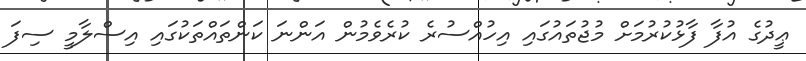
ޢީދުގެ އުފާ ފާޅުކުރުމަށް މުޖުތައުގައި އިހުއްސުރެ ކުރެވެމުން އަންނަ ކަންތައްތަކުގައި އިސްލާމީ ސިފަ